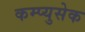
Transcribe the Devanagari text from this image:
कम्प्युसेक